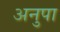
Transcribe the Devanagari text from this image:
अनुपा